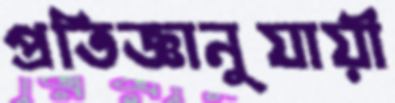
প্রতিজ্ঞানুযায়ী